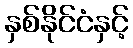
နှစ်နိုင်ငံနှင့်